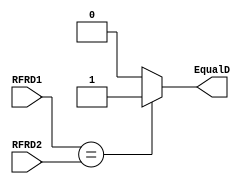
`timescale 1ns / 1ps

module equals # ( parameter WL = 32 )
(
    input [WL - 1 : 0] RFRD1,
    input [WL - 1 : 0] RFRD2,
    output EqualD
);
    assign EqualD = (RFRD1 == RFRD2) ? 1 : 0;
endmodule